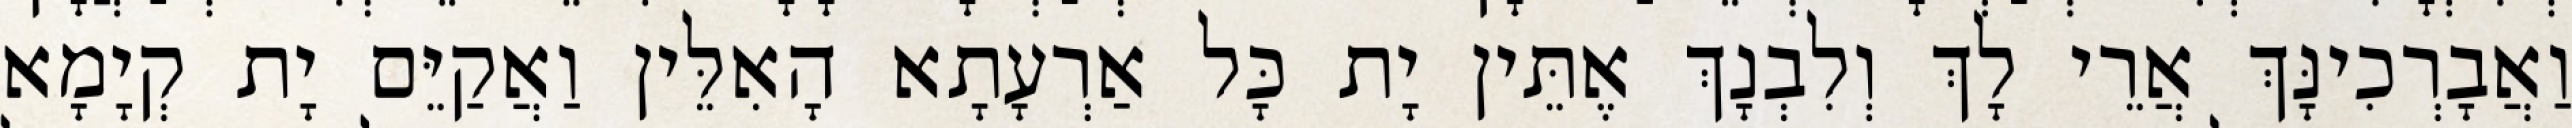
וַאֲבָרְכִינָּךְ אֲרֵי לָךְ וְלִבְנָךְ אֶתֵּין יָת כָּל אַרְעָתָא הָאִלֵּין וַאֲקַיֵּם יָת קְיָמָא